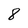
Character: 8